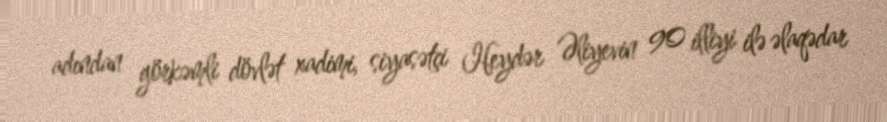
adından görkəmli dövlət xadimi, siyasətçi Heydər Əliyevin 90 illiyi ilə əlaqədar